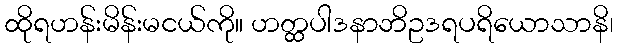
ထိုရဟန်းမိန်းမငယ်ကို။ ဟတ္ထပါဒနာဘိဥဒရပရိယောသာနိ၊